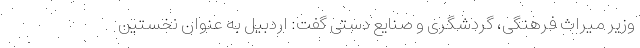
وزیر میراث فرهنگی، گردشگری و صنایع دستی گفت: اردبیل به عنوان نخستین